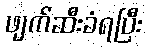
ဖျက်ဆီးခံရပြီး